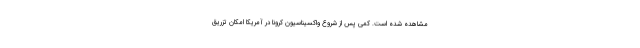
مشاهده شده است. کمی پس از شروع واکسیناسیون کرونا در آمریکا امکان تزریق